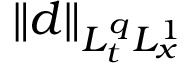
\| d \| _ { L _ { t } ^ { q } L _ { x } ^ { 1 } }